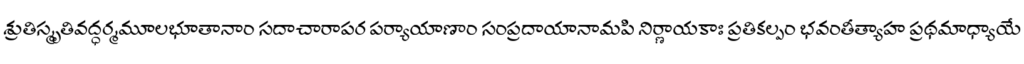
శ్రుతిస్మృతివద్ధర్మమూలభూతానాం సదాచారాపర పర్యాయాణాం సంప్రదాయానామపి నిర్ణాయకాః ప్రతికల్పం భవంతీత్యాహ ప్రథమాధ్యాయే